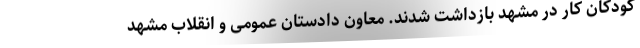
کودکان کار در مشهد بازداشت شدند. معاون دادستان عمومی و انقلاب مشهد